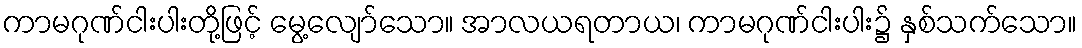
ကာမဂုဏ်ငါးပါးတို့ဖြင့် မွေ့လျော်သော။ အာလယရတာယ၊ ကာမဂုဏ်ငါးပါး၌ နှစ်သက်သော။